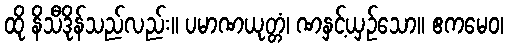
ထို နိသီဒိုန်သည်လည်း။ ပမာဏယုတ္တံ၊ ဏနှင့်ယှဉ်သော။ ဧကမေဝ၊